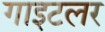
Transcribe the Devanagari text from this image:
गाइटलर